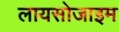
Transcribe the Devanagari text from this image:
लायसोजाइम